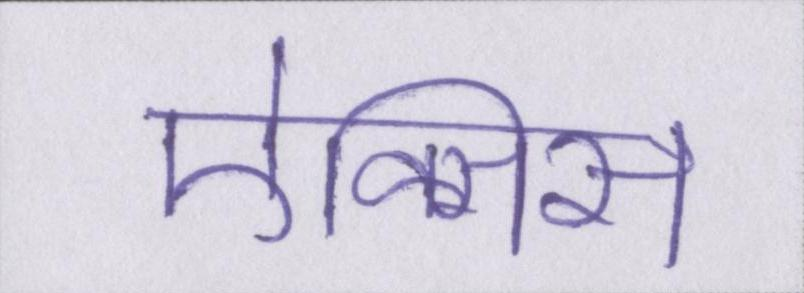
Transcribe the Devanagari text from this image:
ऐक्सिस